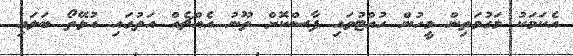
އެކަމަކު މަގުމަތިން މީހުން ހުއްޓުވައި ފާސްކޮށް ތޫނު އެއްޗެއް އަތުގައި އުޅޭތޯ ބަލައި